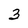
Character: 3